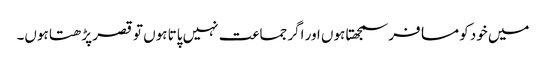
میں خود کو مسافر سمجھتا ہوں اور اگر جماعت نہیں پاتا ہوں تو قصر پڑھتا ہوں۔